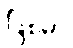
ဖြစ်မှာ